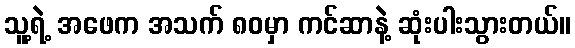
သူ့ရဲ့ အဖေက အသက် ၈၀မှာ ကင်ဆာနဲ့ ဆုံးပါးသွားတယ်။